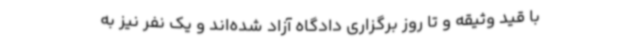
با قید وثیقه و تا روز برگزاری دادگاه آزاد شده‌اند و یک نفر نیز به